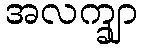
အလက္ချာ